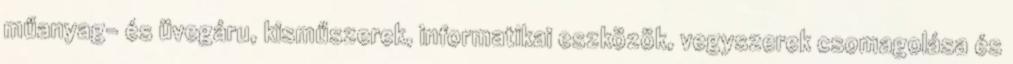
műanyag- és üvegáru, kisműszerek, informatikai eszközök, vegyszerek csomagolása és